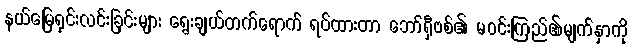
နယ်မြေရှင်းလင်းခြင်းများ ရွေးချယ်တက်ရောက် ရပ်ထားတာ ဘော်ရှီဗစ်၏ မဝင်းကြည်၏မျက်နှာကို